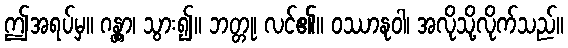
ဤအရပ်မှ။ ဂန္တွာ၊ သွား၍။ ဘတ္တု၊ လင်၏။ ဝဿာနုဝါ၊ အလိုသို့လိုက်သည်။